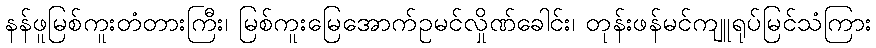
နန်ဖူမြစ်ကူးတံတားကြီး၊ မြစ်ကူးမြေအောက်ဥမင်လှိုဏ်ခေါင်း၊ တုန်းဖန်မင်ကျူရုပ်မြင်သံကြား